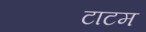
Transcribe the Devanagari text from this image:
टाटम